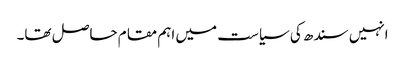
انہیں سندھ کی سیاست میں اہم مقام حاصل تھا۔